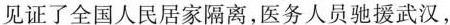
见证了全国人民居家隔离，医务人员驰援武汉，